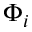
\Phi _ { i }